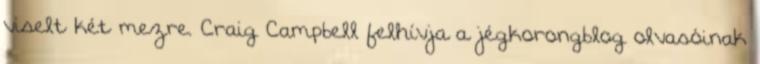
viselt két mezre. Craig Campbell felhívja a jégkorongblog olvasóinak